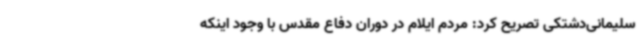
سلیمانی‌دشتکی تصریح کرد: مردم ایلام در دوران دفاع مقدس با وجود اینکه